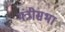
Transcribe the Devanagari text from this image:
मंत्रीसभा